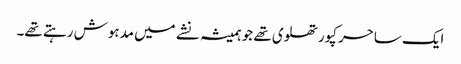
ایک ساحر کپورتھلوی تھے جو ہمیشہ نشے میں مدہوش رہتے تھے۔